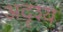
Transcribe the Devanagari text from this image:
अदॄश्य